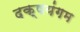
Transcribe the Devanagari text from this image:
दक्षयंगम